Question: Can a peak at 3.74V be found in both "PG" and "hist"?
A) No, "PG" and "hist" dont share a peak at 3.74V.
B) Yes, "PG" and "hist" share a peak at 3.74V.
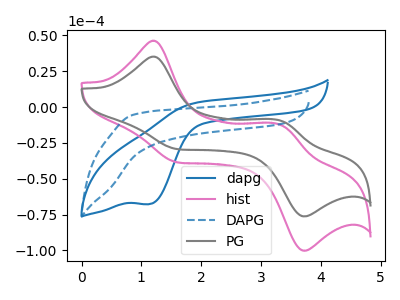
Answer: <think>The blue curve "dapg" has a cathodic peak at: (1.15V, -67.80uA). The pink curve "hist" has anodic peaks at (1.20V, 46.20uA) (3.30V, -12.10uA) and cathodic peaks at (1.65V, -38.75uA) (3.75V, -100.15uA). The blue dashed curve "DAPG" has no peaks. The gray curve "PG" has anodic peaks at (1.20V, 35.20uA) (3.30V, -9.20uA) and cathodic peaks at (1.65V, -29.50uA) (3.75V, -76.25uA).</think>
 <answer>B) Yes, "PG" and "hist" share a peak at 3.74V.</answer>
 <eval>B</eval>